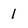
Character: 1